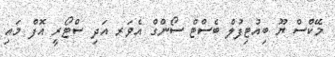
މޭކްސް ޔޫ ބިއުޓިފުލް ބެސްޓް ސޯންގް އެވަރ އަދި ސްޓޯރީ އޮފް މައި